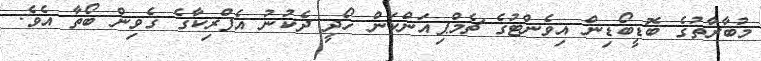
މުބާރާތުގެ ބޮޑީބޯޑިން އިވެންޓުގެ ޗެމްޕިއަންކަން ހޯދީ ދެކުނު އެފްރިކާގެ ގެވިން ބޯތާ އެވެ.